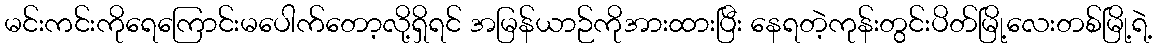
မင်းကင်းကိုရေကြောင်းမပေါက်တော့လို့ရှိရင် အမြန်ယာဉ်ကိုအားထားပြီး နေရတဲ့ကုန်းတွင်းပိတ်မြို့လေးတစ်မြို့ရဲ့